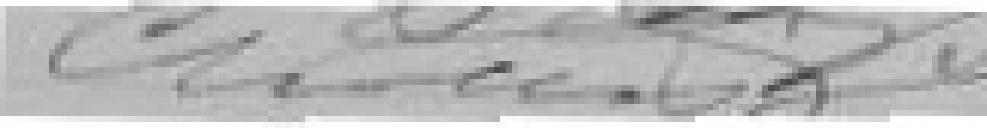
??????